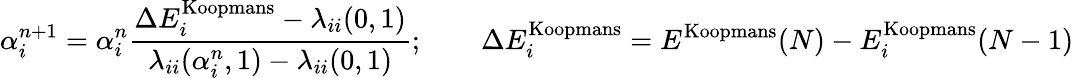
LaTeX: \alpha_{i}^{n+1}=\alpha_{i}^{n}\frac{\Delta E_{i}^{\mathrm{Koopmans}}-\lambda_{ii}(0,1)}{\lambda_{ii}(\alpha_{i}^{n},1)-\lambda_{ii}(0,1)};\qquad\Delta E_{i}^{\mathrm{Koopmans}}=E^{\mathrm{Koopmans}}(N)-E_{i}^{\mathrm{Koopmans}}(N-1)